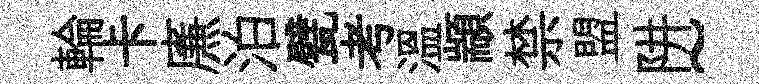
輪卡㢘泊甓考温顓禁盟阱~